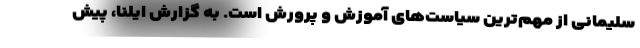
سلیمانی از مهم‌ترین سیاست‌های آموزش و پرورش است. به گزارش ایلنا، پیش